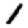
Digit: 1